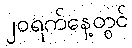
၂၀ရက်နေ့တွင်